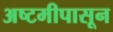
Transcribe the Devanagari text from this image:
अष्टमीपासून